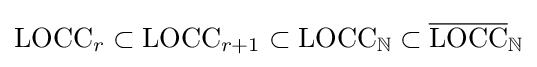
\operatorname {LOCC} _{r}\subset \operatorname {LOCC} _{r+1}\subset \operatorname {LOCC} _{\mathbb {N} }\subset {\overline {\operatorname {LOCC} }}_{\mathbb {N} }